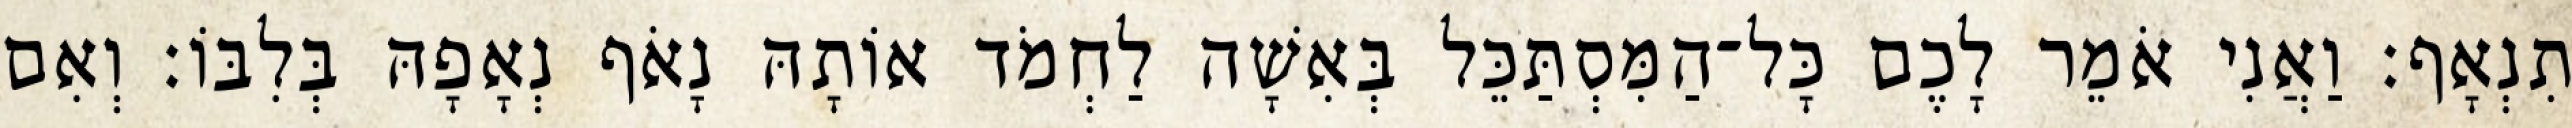
תִנְאָף׃ וַאֲנִי אֹמֵר לָכֶם כָּל־הַמִּסְתַּכֵּל בְּאִשָׁה לַחְמֹד אוֹתָהּ נָאֹף נְאָפָהּ בְּלִבּוֹ׃ וְאִם